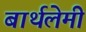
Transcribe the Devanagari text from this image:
बार्थलेमी